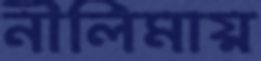
নীলিমায়